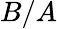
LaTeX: B/A